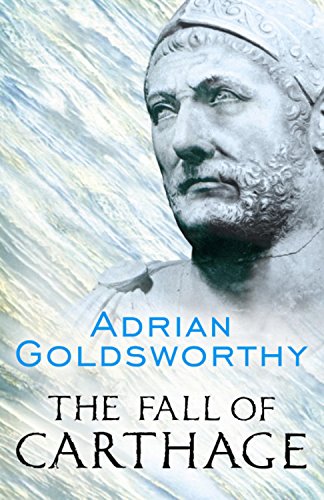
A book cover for The Fall of Carthage: The Punic Wars 265-146BC (Cassell Military Paperbacks); Adrian Goldsworthy; History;